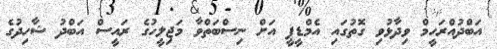
އަބްދުއްރަހީމް ވިދާޅުވި ގޮތުގައި އެމްޑީޕީ އަށް ނިސްބަތްވާ މަޖިލީހުގެ ރައީސް އަބްދު ޝާހިދުގެ